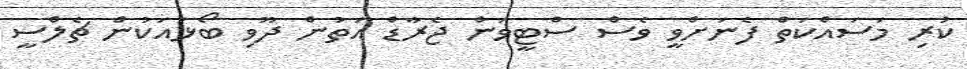
ކުރި މަސައްކަތް ފެނަށްވީ ވެސް ސްޓީވަން ޖެރާޑް އަތުން ދޫވި ބޯޅައަކުން ޗެލްސީ